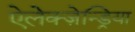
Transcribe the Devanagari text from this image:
ऐलेक्ज़ेन्ड्रिया